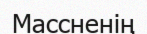
Массненің